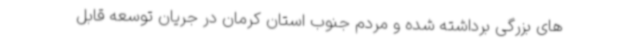
های بزرگی برداشته شده و مردم جنوب استان کرمان در جریان توسعه قابل